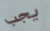
يجب